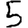
Digit: 5